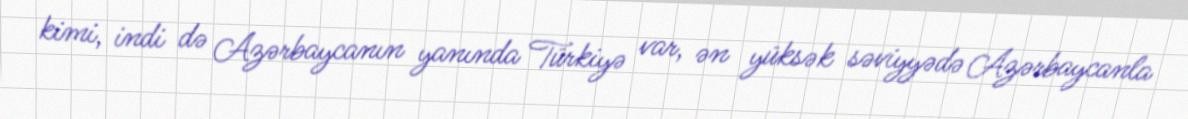
kimi, indi də Azərbaycanın yanında Türkiyə var, ən yüksək səviyyədə Azərbaycanla